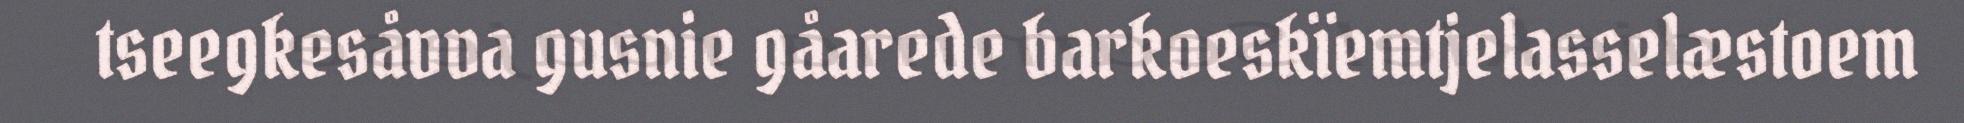
tseegkesåvva gusnie gåarede barkoeskïemtjelasselæstoem